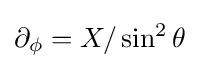
\partial _{\phi }=X/\sin ^{2}\theta